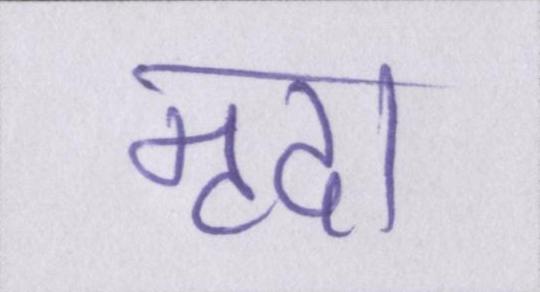
मृदा